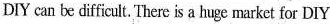
DIY can be difficult. There is a huge markct for DIY